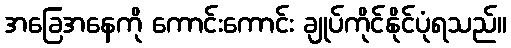
အခြေအနေကို ကောင်းကောင်း ချုပ်ကိုင်နိုင်ပုံရသည်။